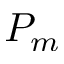
P _ { m }